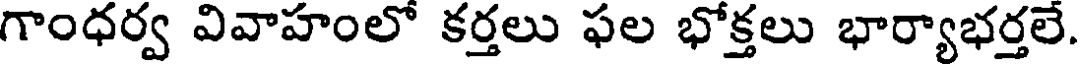
గాంధర్వ వివాహంలో కర్తలు ఫల భోక్తలు భార్యాభర్తలే.